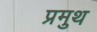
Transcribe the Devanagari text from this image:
प्रमुथ